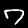
Label: 7